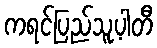
ကရင်ပြည်သူ့ပါတီ